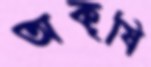
অকৃষি